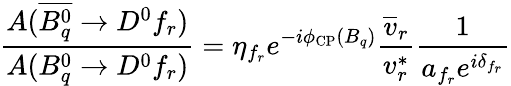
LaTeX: \frac{A(\overline{{{B_{q}^{0}}}}\to D^{0}f_{r})}{A(B_{q}^{0}\to D^{0}f_{r})}=\eta_{f_{r}}e^{-i\phi_{\mathrm{CP}}(B_{q})}\frac{\overline{{{v}}}_{r}}{v_{r}^{\ast}}\frac{1}{a_{f_{r}}e^{i\delta_{f_{r}}}}